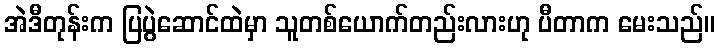
အဲဒီတုန်းက ပြပွဲဆောင်ထဲမှာ သူတစ်ယောက်တည်းလားဟု ပီတာက မေးသည်။